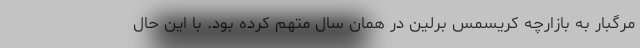
مرگبار به بازارچه کریسمس برلین در همان سال متهم کرده بود. با این حال